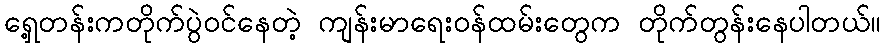
ရှေ့တန်းကတိုက်ပွဲဝင်နေတဲ့ ကျန်းမာရေးဝန်ထမ်းတွေက တိုက်တွန်းနေပါတယ်။